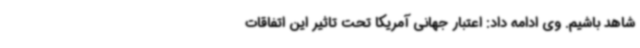
شاهد باشیم. وی ادامه داد: اعتبار جهانی آمریکا تحت تاثیر این اتفاقات